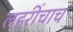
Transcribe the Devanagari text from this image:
लहरींचाच